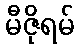
မီဇိုရမ်